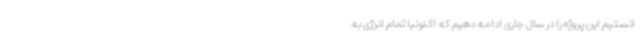
انستیم این پروژه را در سال جاری ادامه دهیم که اکنونبا تمام انرژی به